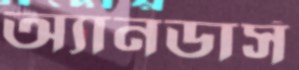
অ্যানডার্স